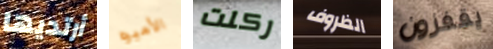
أرتديها الأميره ركلت الظروف يقفزون